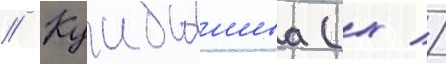
// Куибышева (х //